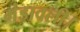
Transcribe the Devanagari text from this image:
मंडावली।